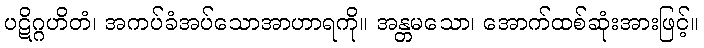
ပဋိဂ္ဂဟိတံ၊ အကပ်ခံအပ်သောအာဟာရကို။ အန္တမသော၊ အောက်ထစ်ဆုံးအားဖြင့်။